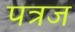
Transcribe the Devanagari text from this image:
पत्रज